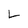
Character: L